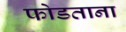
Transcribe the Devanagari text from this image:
फोडताना